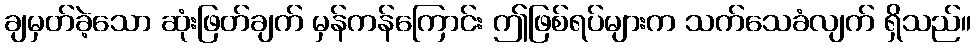
ချမှတ်ခဲ့သော ဆုံးဖြတ်ချက် မှန်ကန်ကြောင်း ဤဖြစ်ရပ်များက သက်သေခံလျက် ရှိသည်။